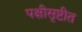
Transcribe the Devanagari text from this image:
पक्षीसृष्टीत